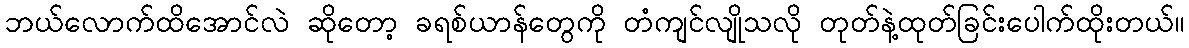
ဘယ်လောက်ထိအောင်လဲ ဆိုတော့ ခရစ်ယာန်တွေကို တံကျင်လျိုသလို တုတ်နဲ့ထုတ်ခြင်းပေါက်ထိုးတယ်။